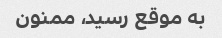
به موقع رسید، ممنون